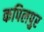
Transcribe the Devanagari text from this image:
कपिलपुर